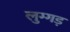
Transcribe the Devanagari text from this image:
लुग्गड़